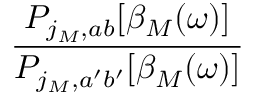
\frac { P _ { j _ { M } , a b } [ \beta _ { M } ( \omega ) ] } { P _ { j _ { M } , a ^ { \prime } b ^ { \prime } } [ \beta _ { M } ( \omega ) ] }